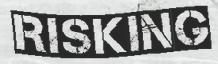
RISKING